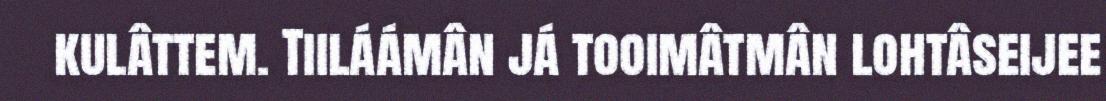
kulâttem. Tiiláámân já tooimâtmân lohtâseijee